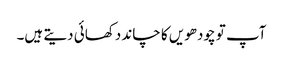
آپ تو چودھویں کا چاند دکھائی دیتے ہیں۔